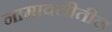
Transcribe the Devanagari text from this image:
नामावलीतील